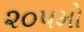
૨૦૫મો